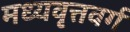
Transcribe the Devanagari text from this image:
मध्यवृत्तवर्ग